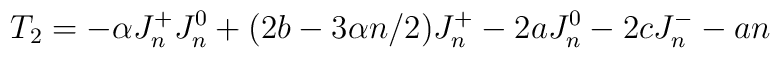
T_2 = -\alpha J^+_n J^0_n + (2b-3\alpha n /2 ) J^+_n - 2a J^0_n - 2c J^-_n -an